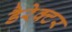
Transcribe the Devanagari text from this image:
डैरेक्टर